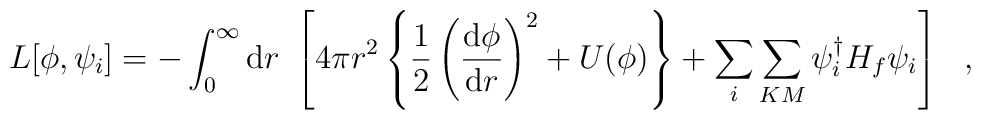
L[\phi,\psi_i]=	-\int_{0}^{\infty}{\rm d}r~	\left[	4\pi r^2\left\{		\frac{1}{2}\left(\frac{{\rm d}\phi}{{\rm d}r}\right)^2		+U(\phi)\right\}	+\sum_i\sum_{KM}	\psi_i^{\dagger}H_f\psi_i	\right]~~,